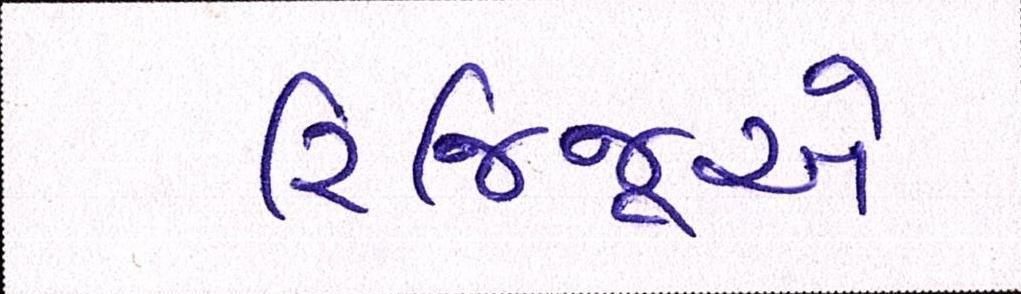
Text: રિજિજૂએ